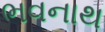
ભવનાથ